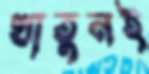
খাতুনই